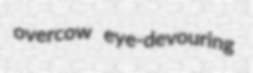
overcow eye-devouring